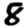
Digit: 8